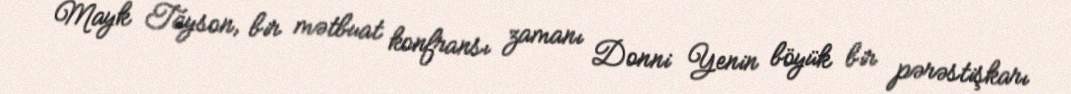
Mayk Tayson, bir mətbuat konfransı zamanı Donni Yenin böyük bir pərəstişkarı